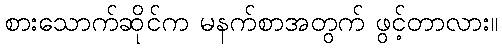
စားသောက်ဆိုင်က မနက်စာအတွက် ဖွင့်တာလား။